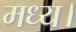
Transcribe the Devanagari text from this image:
मध्य।